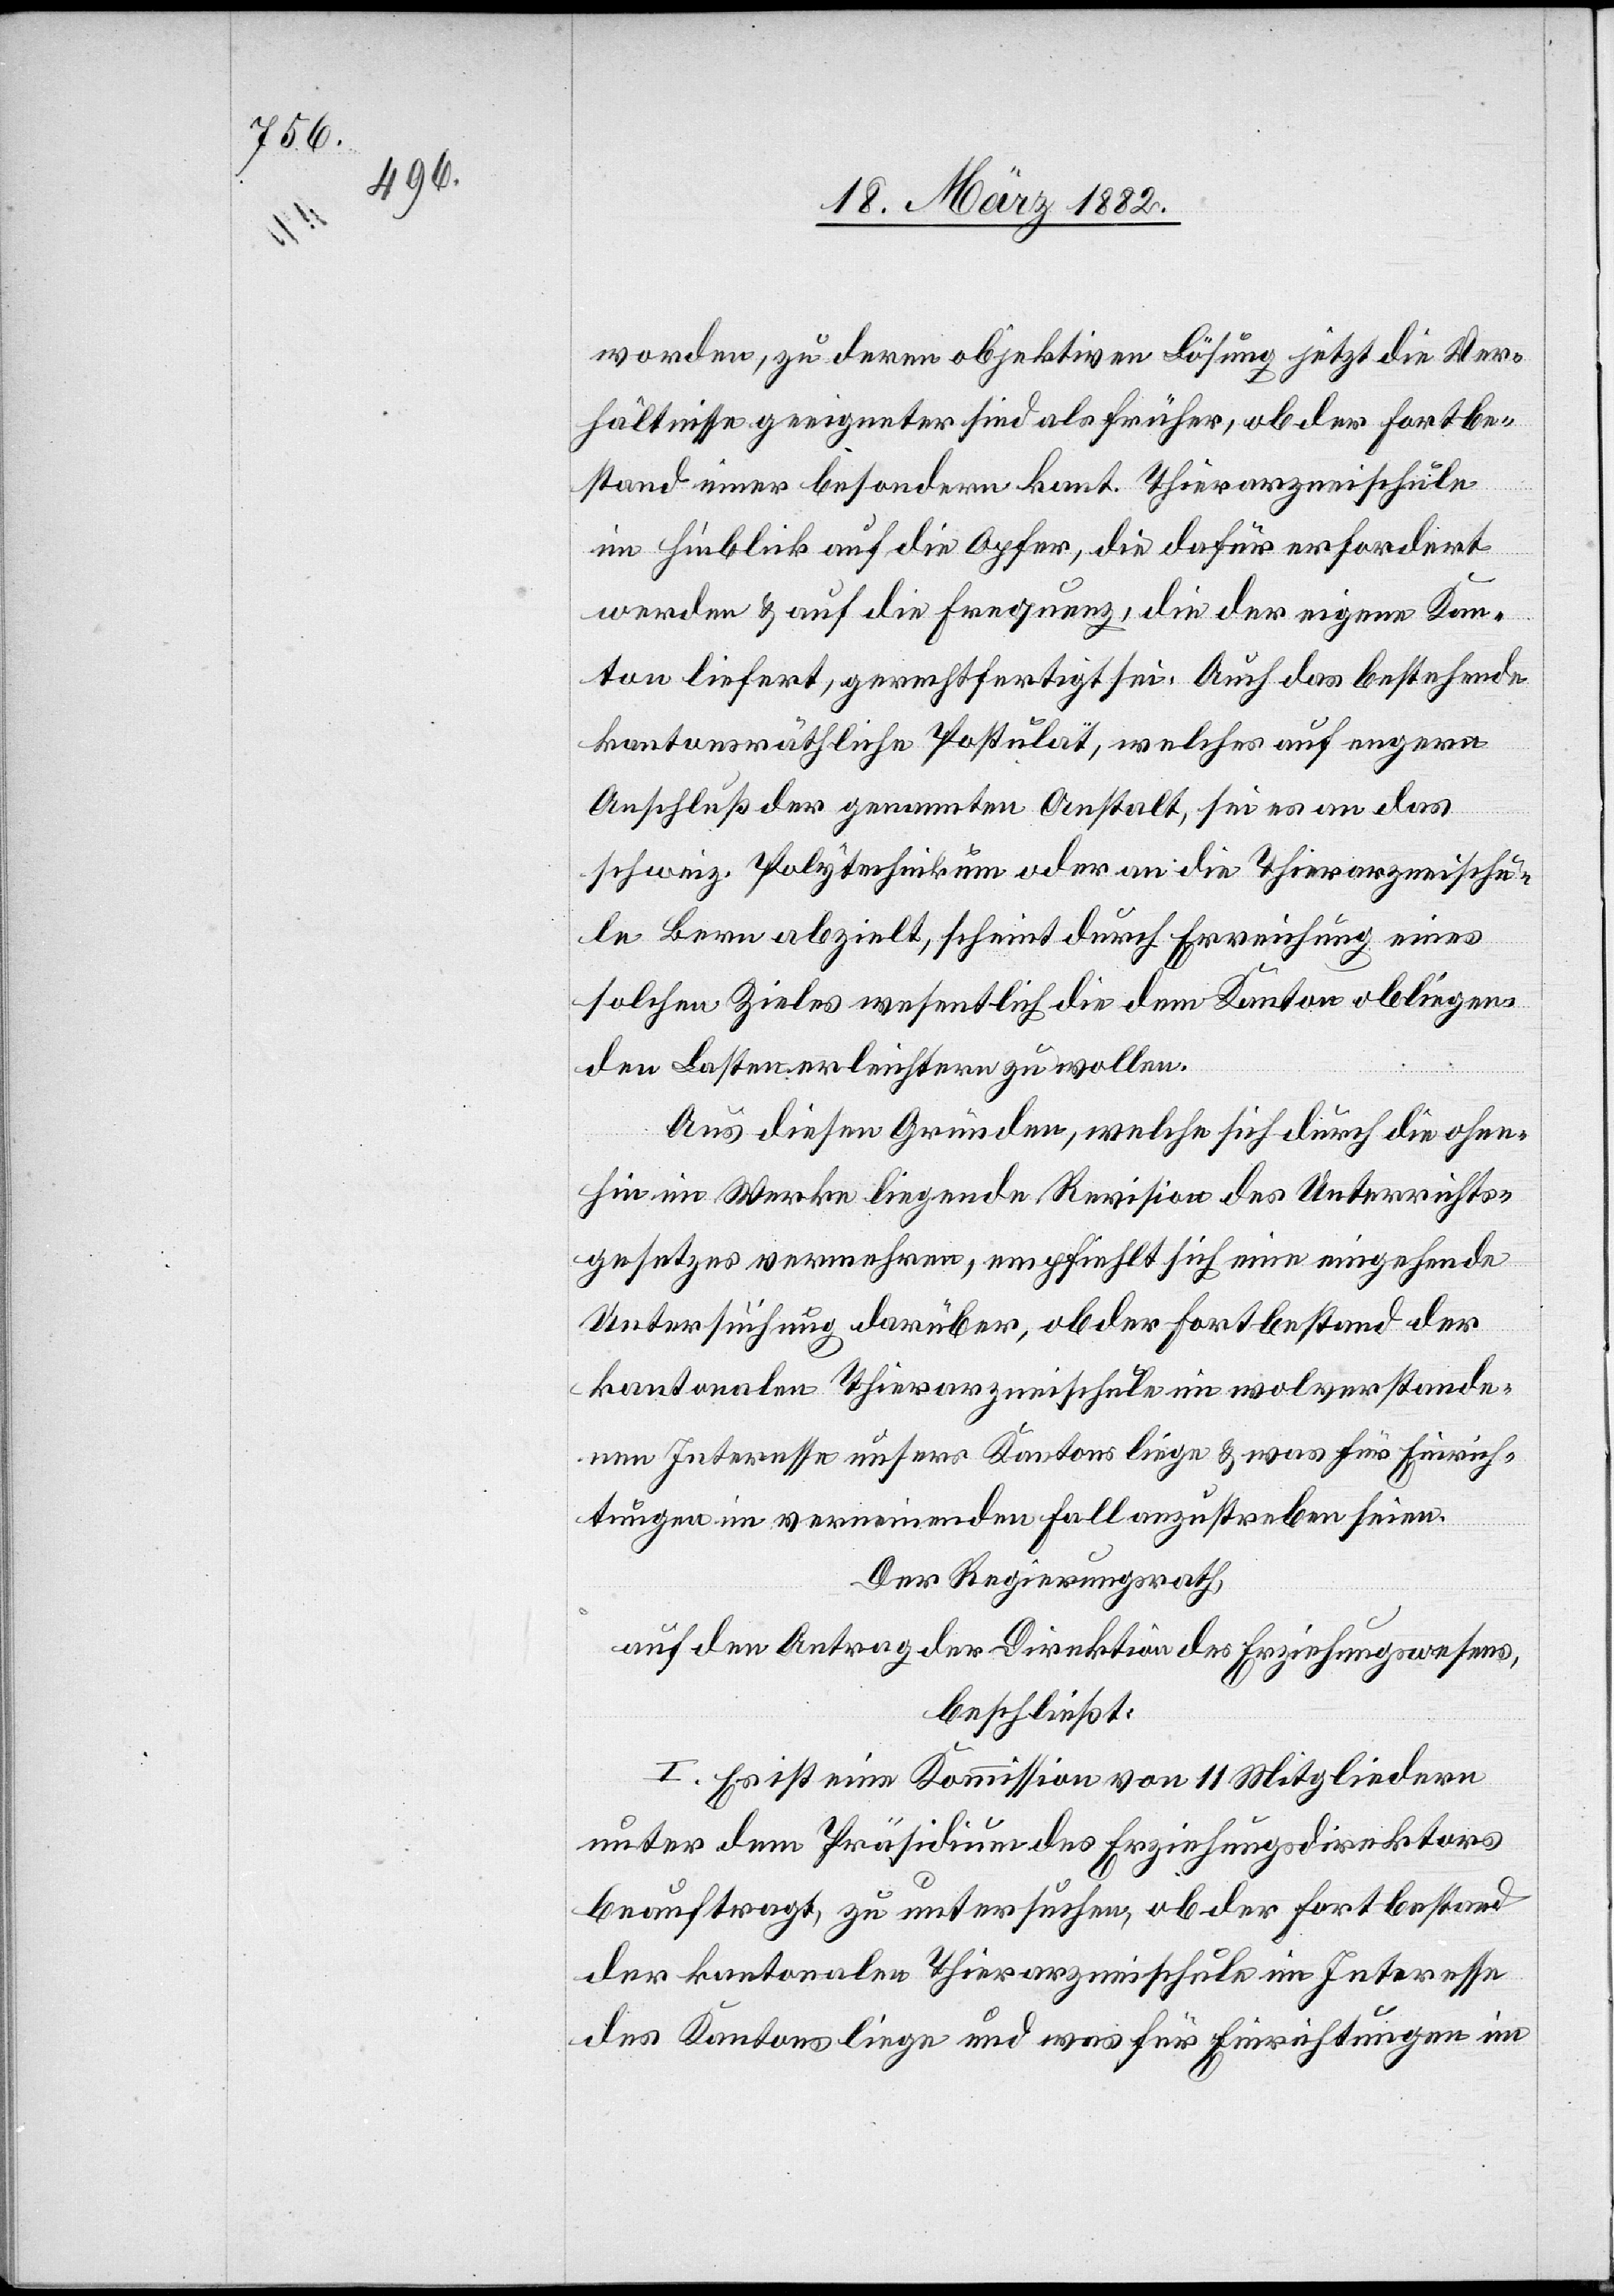
worden, zu deren objektiven Lösung jetzt die Ver¬
hältnisse geneigter sind als früher, ob der Fortbe¬
stand einer besondern kant. Thierarzneischule
im Hinblick auf die Opfer, die dafür erfordert
werden & auf die Frequenz, die der eigene Kan¬
ton liefert, gerechtfertigt sei. Auch das bestehende
kantonsräthliche Postulat, welches auf engern
Anschluß der genannten Anstalt, sei es an das
schweiz. Polytechnikum oder an die Thierarzneischu¬
le Bern abzielt, scheint durch Erreichung eines
solchen Zieles wesentlich die dem Kanton obligen¬
den Lasten erleichtern zu wollen.
Aus diesen Gründen, welche sich durch die ohne¬
hin im Werke liegende Revision des Unterrichts¬
gesetzes vernehmen, empfiehlt sich eine eingehende
Untersuchung darüber, ob der Fortbestand der
kantonalen Thierarzneischule im wolverstande¬
nen Interesse unsers Kantons liege & was für Einrich¬
tungen im verneinenden Falle anzustreben seien.
Der Regierungsrath,
auf den Antrag der Direktion des Erziehungswesens,
beschließt:
I. Es ist eine Kommission von 11 Mitgliedern
unter dem Präsidium des Erziehungsdirektor
beauftragt, zu untersuchen, ob der Fortbestand
der kantonalen Thierarzneischule im Interesse
des Kantons liege und was für Einrichtungen im